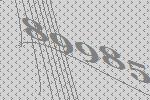
89985